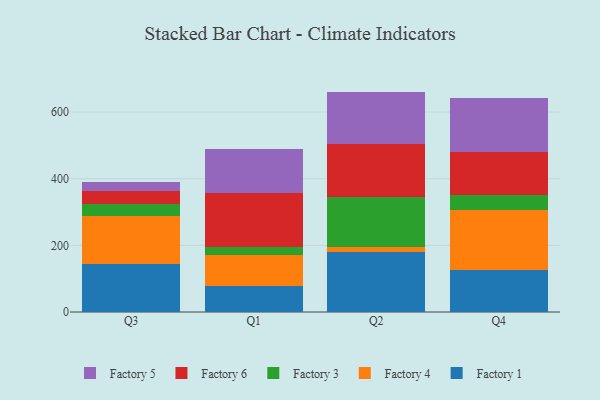
{"axis": {"x": "Quarter", "y": "Gross Profit (USD K)"}, "legend": ["Factory 1", "Factory 3", "Factory 4", "Factory 5", "Factory 6"], "data": [{"x": "Q3", "y": 143.0, "type": "Factory 1"}, {"x": "Q3", "y": 144.2, "type": "Factory 4"}, {"x": "Q3", "y": 37.4, "type": "Factory 3"}, {"x": "Q3", "y": 39.1, "type": "Factory 6"}, {"x": "Q3", "y": 26.7, "type": "Factory 5"}, {"x": "Q1", "y": 78.6, "type": "Factory 1"}, {"x": "Q1", "y": 91.2, "type": "Factory 4"}, {"x": "Q1", "y": 24.2, "type": "Factory 3"}, {"x": "Q1", "y": 163.4, "type": "Factory 6"}, {"x": "Q1", "y": 132.9, "type": "Factory 5"}, {"x": "Q2", "y": 179.6, "type": "Factory 1"}, {"x": "Q2", "y": 14.2, "type": "Factory 4"}, {"x": "Q2", "y": 151.2, "type": "Factory 3"}, {"x": "Q2", "y": 160.3, "type": "Factory 6"}, {"x": "Q2", "y": 156.1, "type": "Factory 5"}, {"x": "Q4", "y": 126.4, "type": "Factory 1"}, {"x": "Q4", "y": 178.8, "type": "Factory 4"}, {"x": "Q4", "y": 46.0, "type": "Factory 3"}, {"x": "Q4", "y": 128.9, "type": "Factory 6"}, {"x": "Q4", "y": 163.6, "type": "Factory 5"}]}